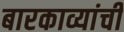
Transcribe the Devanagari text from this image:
बारकाव्यांची